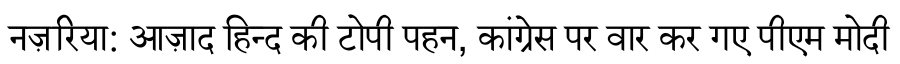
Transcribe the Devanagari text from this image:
नज़रिया: आज़ाद हिन्द की टोपी पहन, कांग्रेस पर वार कर गए पीएम मोदी